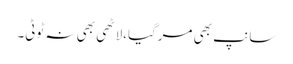
سانپ بھی مرگیا،لاٹھی بھی نہ ٹوٹی۔